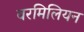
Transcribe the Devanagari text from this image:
वरमिलियन